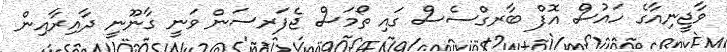
ވާޖީނިއާގެ ހައުސް އޮފް ބާރގްސެސް ގައި ތޯމަސް ޖެފަރސަން ވަނީ ގާނޫނީ ދާއިރާއިން